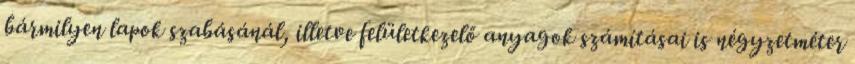
bármilyen lapok szabásánál, illetve felületkezelő anyagok számításai is négyzetméter